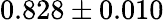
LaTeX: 0.828\pm 0.010